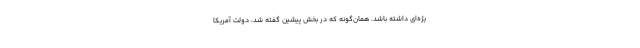
یژه‌ای داشته باشد. همان‌گونه که در بخش پیشین گفته شد، دولت آمریکا